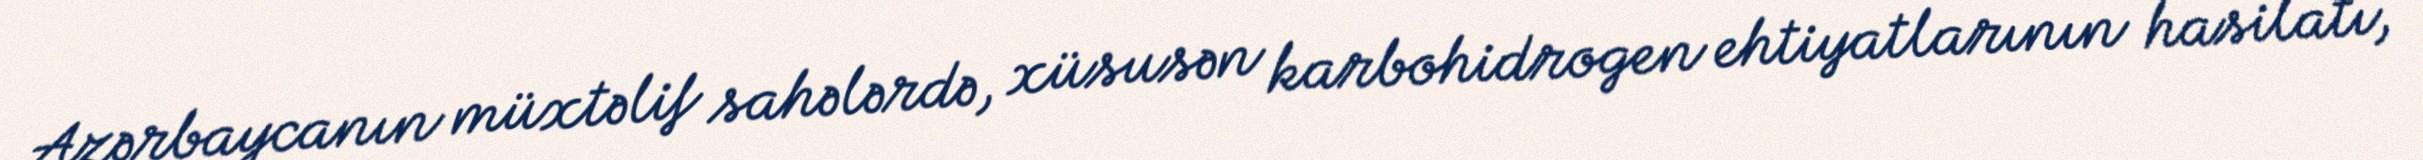
Azərbaycanın müxtəlif sahələrdə, xüsusən karbohidrogen ehtiyatlarının hasilatı,